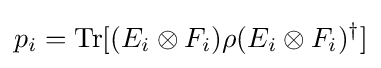
p_{i}=\mathrm {Tr} [(E_{i}\otimes F_{i})\rho (E_{i}\otimes F_{i})^{\dagger }]